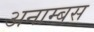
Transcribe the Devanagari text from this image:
अनाम्बस